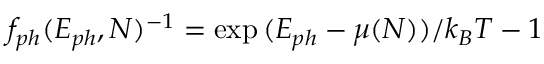
f _ { p h } ( E _ { p h } , N ) ^ { - 1 } = \exp { ( E _ { p h } - \mu ( N ) ) / k _ { B } T } - 1